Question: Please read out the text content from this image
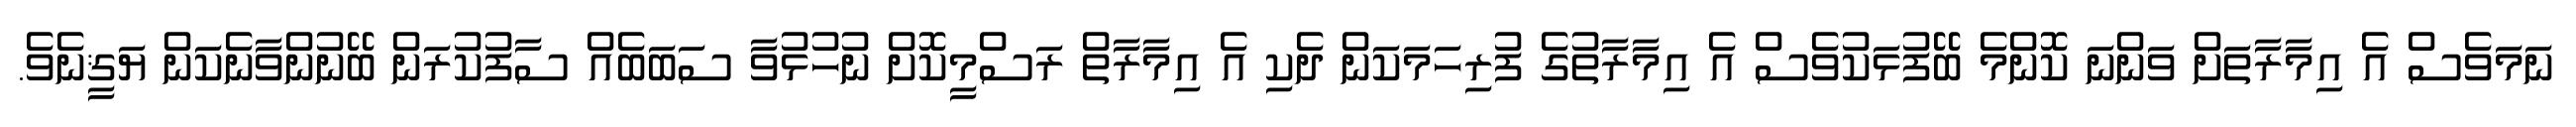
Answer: ނަމަވެސް އެ އިމާރާތަށް ވަންނަ ކޮންމެ ބޭފުޅަކުވެސް އެ އިމާރާތުގެ ފުރިހަމަކަން ދެކި އެ އިމާރާތް ރަސްމީކޮށް ނުހުޅުވާ ސަބަބެއް ސާފުކުރަން ބޭނުންވާނެކަން ޔަޤީނެވެ.